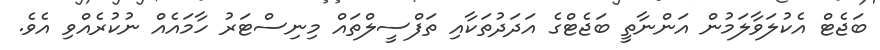
ބަޖެޓް އެކުލަވާލަމުން އަންނާތީ ބަޖެޓްގެ އަދަދުތަކާއި ތަފްސީލްތައް މިނިސްޓަރު ހާމައެއް ނުކުރެއްވި އެވެ.